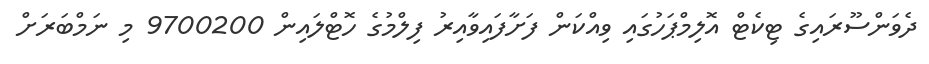
ދެވަންސޫރައިގެ ޓިކެޓް އޮލިމްޕަހުގައި ވިއްކަން ފަށާފައިވާއިރު ފިލްމުގެ ހޮޓްލައިން 9700200 މި ނަމްބަރަށް